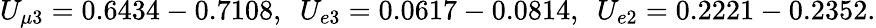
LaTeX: U_{\mu 3}=0.6434-0.7108,\ \ U_{e3}=0.0617-0.0814,\ \ U_{e2}=0.2221-0.2352.